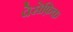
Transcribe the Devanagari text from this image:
पेसेफ़िक